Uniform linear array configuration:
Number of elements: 8
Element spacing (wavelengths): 0.75
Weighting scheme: exponential
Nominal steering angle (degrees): -30
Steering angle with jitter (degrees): -29.178
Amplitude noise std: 0.05
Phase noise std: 0.05

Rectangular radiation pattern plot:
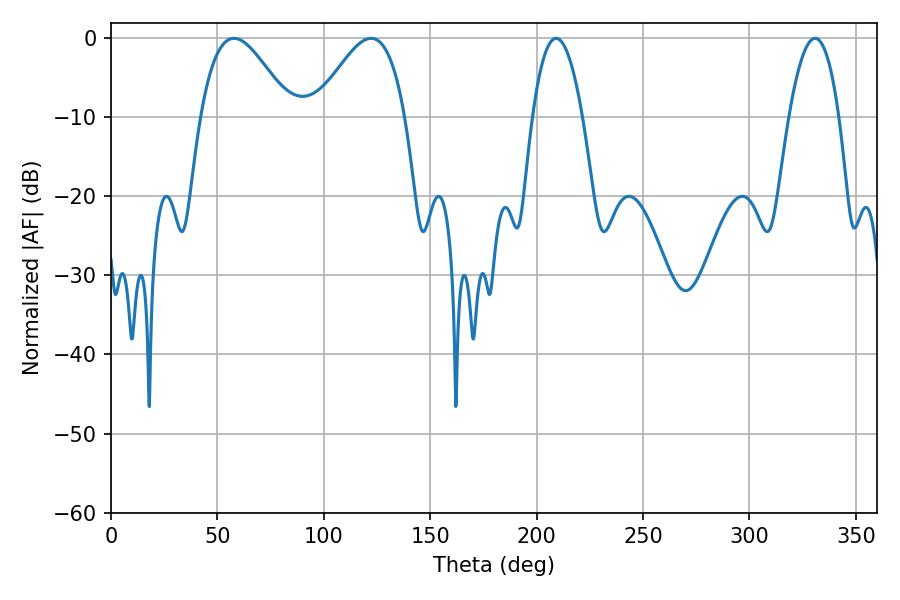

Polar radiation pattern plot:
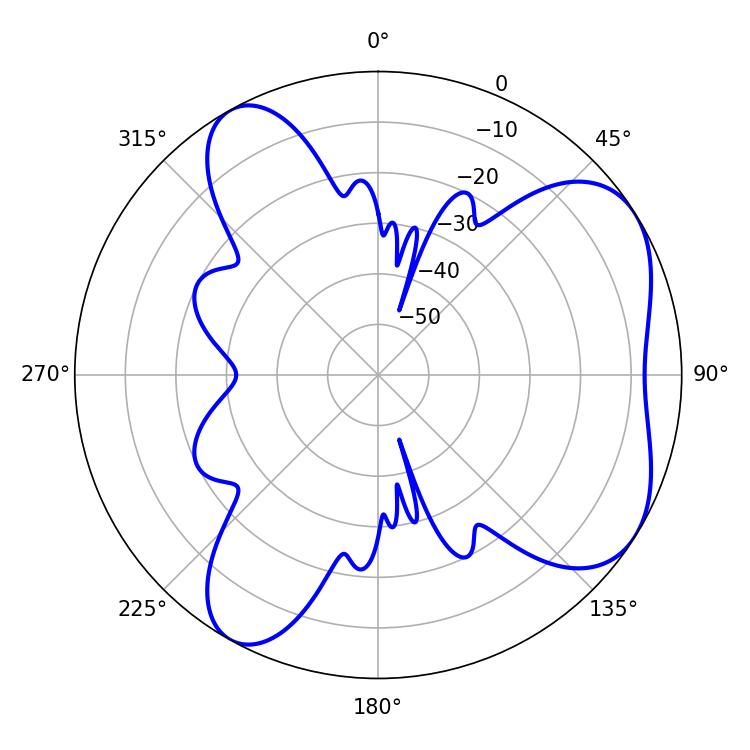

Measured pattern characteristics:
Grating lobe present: TRUE
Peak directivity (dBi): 5.746
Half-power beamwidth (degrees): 12.96
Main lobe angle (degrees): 209.16